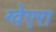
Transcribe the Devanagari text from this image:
ग्वेएरा